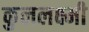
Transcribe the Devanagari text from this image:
कुललक्ष्मी